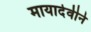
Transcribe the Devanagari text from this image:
मायादेवीने